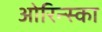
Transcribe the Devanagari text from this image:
ओरिन्स्का